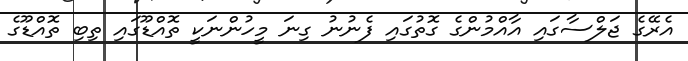
އެރޭގެ ޖަލްސާގައި އާއްމުންގެ ގޮތުގައި ފެނުނު ގިނަ މީހުންނަކީ ތޮއްޑޫގައި ތިބި ތޮއްޑޫގެ